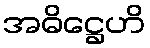
အဓိဋ္ဌေဟိ